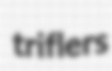
triflers